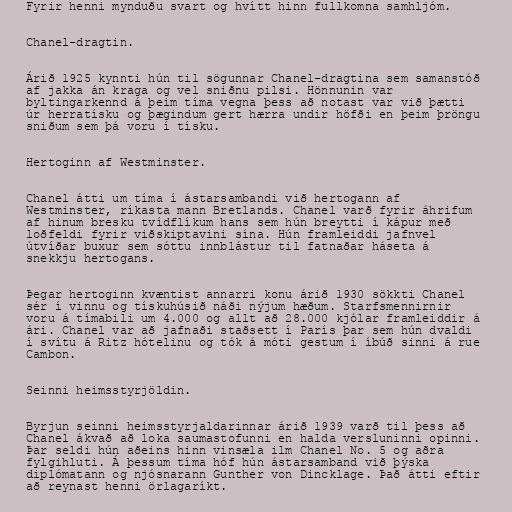
Fyrir henni mynduðu svart og hvítt hinn fullkomna samhljóm.

Chanel-dragtin.

Árið 1925 kynnti hún til sögunnar Chanel-dragtina sem samanstóð
af jakka án kraga og vel sniðnu pilsi. Hönnunin var
byltingarkennd á þeim tíma vegna þess að notast var við þætti
úr herratísku og þægindum gert hærra undir höfði en þeim þröngu
sniðum sem þá voru í tísku.

Hertoginn af Westminster.

Chanel átti um tíma í ástarsambandi við hertogann af
Westminster, ríkasta mann Bretlands. Chanel varð fyrir áhrifum
af hinum bresku tvídflíkum hans sem hún breytti í kápur með
loðfeldi fyrir viðskiptavini sína. Hún framleiddi jafnvel
útvíðar buxur sem sóttu innblástur til fatnaðar háseta á
snekkju hertogans.

Þegar hertoginn kvæntist annarri konu árið 1930 sökkti Chanel
sér í vinnu og tískuhúsið náði nýjum hæðum. Starfsmennirnir
voru á tímabili um 4.000 og allt að 28.000 kjólar framleiddir á
ári. Chanel var að jafnaði staðsett í París þar sem hún dvaldi
í svítu á Ritz hótelinu og tók á móti gestum í íbúð sinni á rue
Cambon.

Seinni heimsstyrjöldin.

Byrjun seinni heimsstyrjaldarinnar árið 1939 varð til þess að
Chanel ákvað að loka saumastofunni en halda versluninni opinni.
Þar seldi hún aðeins hinn vinsæla ilm Chanel No. 5 og aðra
fylgihluti. Á þessum tíma hóf hún ástarsamband við þýska
diplómatann og njósnarann Gunther von Dincklage. Það átti eftir
að reynast henni örlagaríkt.